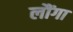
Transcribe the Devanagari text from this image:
लौंगा